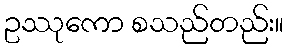
ဥဿုကော စသည်တည်း။